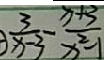
\frac { 3 } { x - 3 } - \frac { x + 3 } { x ^ { 2 } - 1 }